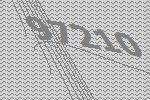
97210